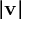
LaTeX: | \mathbf { v } |